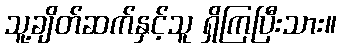
သူ့ချိတ်ဆက်နှင့်သူ ရှိကြပြီးသား။